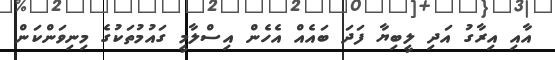
އާއި އިރާގު އަދި ލީބިޔާ ފަދަ ބައެއް އެހެން އިސްލާމީ ގައުމުތަކުގެ މިނިވަންކަން